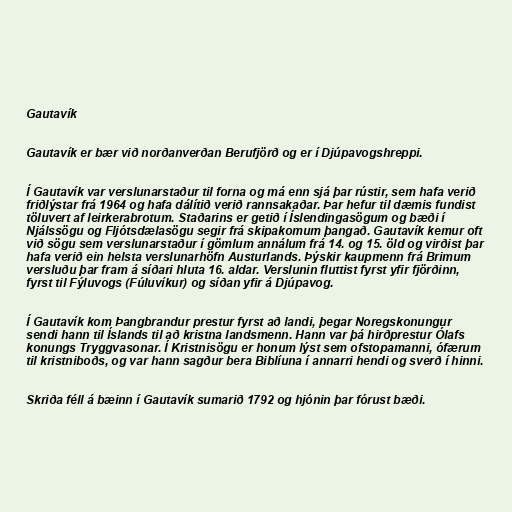
Gautavík

Gautavík er bær við norðanverðan Berufjörð og er í Djúpavogshreppi.

Í Gautavík var verslunarstaður til forna og má enn sjá þar rústir, sem hafa verið
friðlýstar frá 1964 og hafa dálítið verið rannsakaðar. Þar hefur til dæmis fundist
töluvert af leirkerabrotum. Staðarins er getið í Íslendingasögum og bæði í
Njálssögu og Fljótsdælasögu segir frá skipakomum þangað. Gautavík kemur oft
við sögu sem verslunarstaður í gömlum annálum frá 14. og 15. öld og virðist þar
hafa verið ein helsta verslunarhöfn Austurlands. Þýskir kaupmenn frá Brimum
versluðu þar fram á síðari hluta 16. aldar. Verslunin fluttist fyrst yfir fjörðinn,
fyrst til Fýluvogs (Fúluvíkur) og síðan yfir á Djúpavog.

Í Gautavík kom Þangbrandur prestur fyrst að landi, þegar Noregskonungur
sendi hann til Íslands til að kristna landsmenn. Hann var þá hirðprestur Ólafs
konungs Tryggvasonar. Í Kristnisögu er honum lýst sem ofstopamanni, ófærum
til kristniboðs, og var hann sagður bera Biblíuna í annarri hendi og sverð í hinni.

Skriða féll á bæinn í Gautavík sumarið 1792 og hjónin þar fórust bæði.